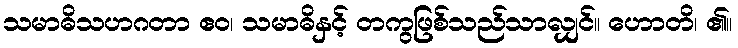
သမာဓိသဟဂတာ ဧဝ၊ သမာဓိနှင့် တကွဖြစ်သည်သာလျှင်။ ဟောတိ၊ ၏။